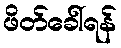
ဖိတ်ခေါ်ရန်